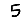
Digit: 5